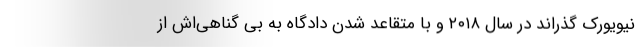
نیویورک گذراند در سال ۲۰۱۸ و با متقاعد شدن دادگاه به بی گناهی‌اش از